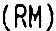
(RM)